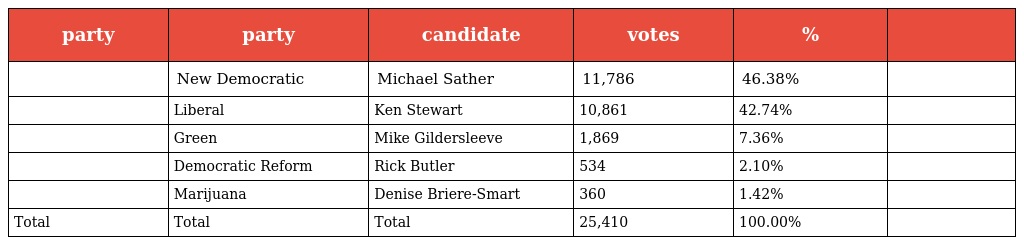
| party | party | candidate | votes | % |  |
 | --- | --- | --- | --- | --- | --- |
 |  | New Democratic | Michael Sather | 11,786 | 46.38% |  |
 |  | Liberal | Ken Stewart | 10,861 | 42.74% |  |
 |  | Green | Mike Gildersleeve | 1,869 | 7.36% |  |
 |  | Democratic Reform | Rick Butler | 534 | 2.10% |  |
 |  | Marijuana | Denise Briere-Smart | 360 | 1.42% |  |
 | Total | Total | Total | 25,410 | 100.00% |  |